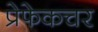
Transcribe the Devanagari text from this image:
प्रेफेकचर